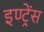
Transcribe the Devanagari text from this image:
इण्ट्रेंस